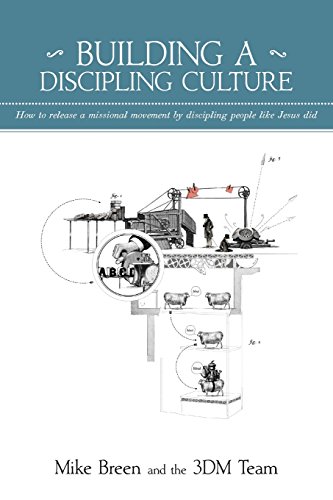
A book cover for Building a Discipling Culture; Mike Breen; Christian Books & Bibles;